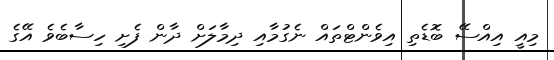
މިއީ އިއްސޭ ބޮޑެތި އިވެންޓްތައް ނެގުމާއި ދިމާލަށް ދާން ފެށި ހިސާބެވެ އޭގެ